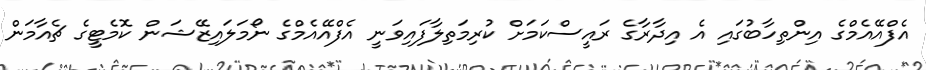
އެފްއޭއެމްގެ އިންތިހާބުގައި އެ އިދާރާގެ ރައީސްކަމަށް ކުރިމަތިލާފައިވަނީ އެފްއޭއެމްގެ ނޯމަލައިޒޭޝަން ކޮމެޓީގެ ޗެއާމަން